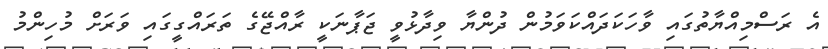
އެ ރަސްމިއްޔާތުގައި ވާހަކަދައްކަވަމުން ދުންޔާ ވިދާޅުވީ ޖަޕާނަކީ ރާއްޖޭގެ ތަރައްގީގައި ވަރަށް މުހިންމު